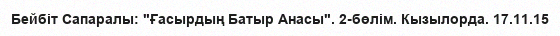
Бейбіт Сапаралы: "Ғасырдың Батыр Анасы". 2-бөлім. Кызылорда. 17.11.15